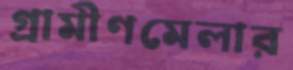
গ্রামীণমেলার